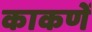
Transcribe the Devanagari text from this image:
काकणें